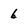
Character: 6